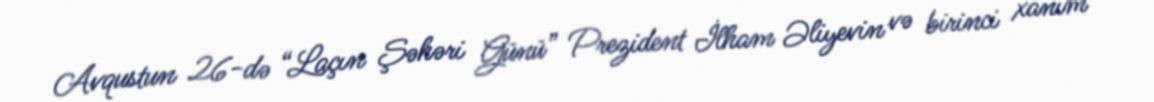
Avqustun 26-də “Laçın Şəhəri Günü” Prezident İlham Əliyevin və birinci xanım